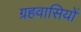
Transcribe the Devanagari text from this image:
ग्रहवासियों